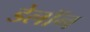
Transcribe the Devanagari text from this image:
डेलॉन